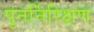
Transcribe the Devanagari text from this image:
पुनर्निरिक्षण